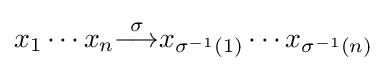
x_{1}\cdots x_{n}{\overset {\sigma }{\longrightarrow }}x_{\sigma ^{-1}(1)}\cdots x_{\sigma ^{-1}(n)}